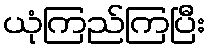
ယုံကြည်ကြပြီး